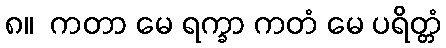
၈။  ကတာ မေ ရက္ခာ ကတံ မေ ပရိတ္တံ